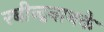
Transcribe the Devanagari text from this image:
रबीन्द्रनाथके